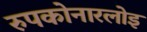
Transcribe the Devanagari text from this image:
रुपकोनारलोइ